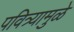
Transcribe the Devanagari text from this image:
पवित्र्यामुळे